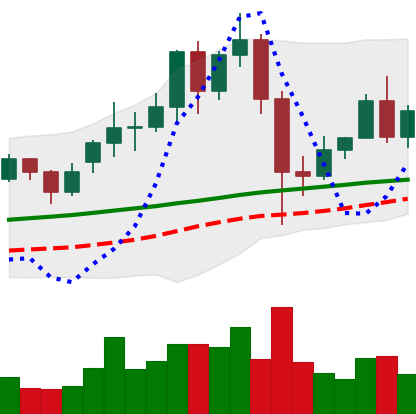
Ticker: LINK-USD
Chart end date: 2020-12-02
Forward return: -6.48%
Label: down_5_7